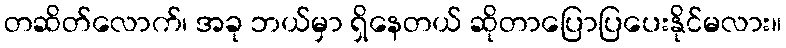
တဆိတ်လောက်၊ အခု ဘယ်မှာ ရှိနေတယ် ဆိုတာပြောပြပေးနိုင်မလား။